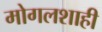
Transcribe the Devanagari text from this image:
मोगलशाही